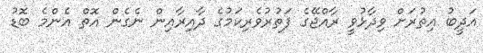
އަދީބު އިތުރަށް ވިދާޅުވީ ރާއްޖޭގެ ފަތުރުވެރިކަމުގެ ދާއިރާއިން ނެގެން އޮތް އެންމެ ބޮޑު